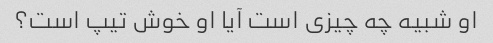
او شبیه چه چیزی است آیا او خوش تیپ است؟